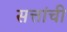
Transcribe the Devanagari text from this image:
सत्तांची